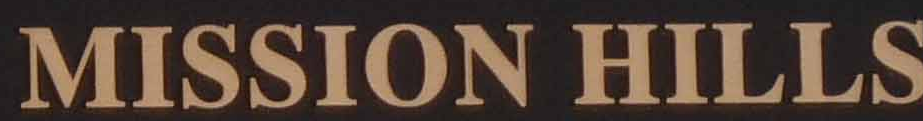
MISSION HILLS